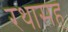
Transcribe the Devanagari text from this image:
रथासह